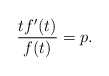
\begin{align*}\frac{tf'(t)}{f(t)}=p.\end{align*}